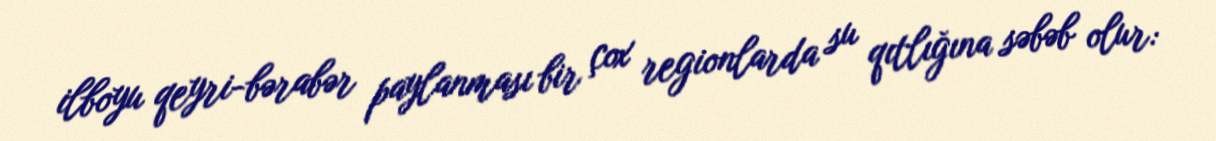
ilboyu qeyri-bərabər paylanması bir çox regionlarda su qıtlığına səbəb olur: